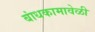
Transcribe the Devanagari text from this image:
बांधकामावेळी